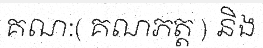
គណ:( គណភត្ត ) និង